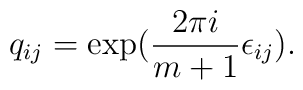
q_{ij}=\exp({2\pi i\over m+1}\epsilon_{ij}).